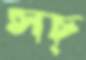
সচ্